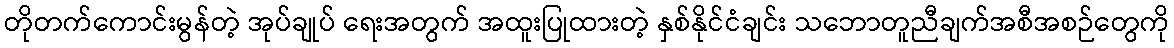
တိုတက်ကောင်းမွန်တဲ့ အုပ်ချုပ် ရေးအတွက် အထူးပြုထားတဲ့ နှစ်နိုင်ငံချင်း သဘောတူညီချက်အစီအစဉ်တွေကို